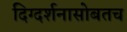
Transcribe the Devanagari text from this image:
दिग्दर्शनासोबतच